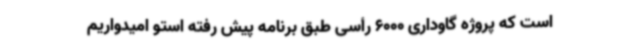
است که پروژه گاوداری 6000 رأسی طبق برنامه پیش رفته استو امیدواریم